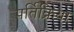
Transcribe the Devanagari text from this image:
पर्तिक्रिया